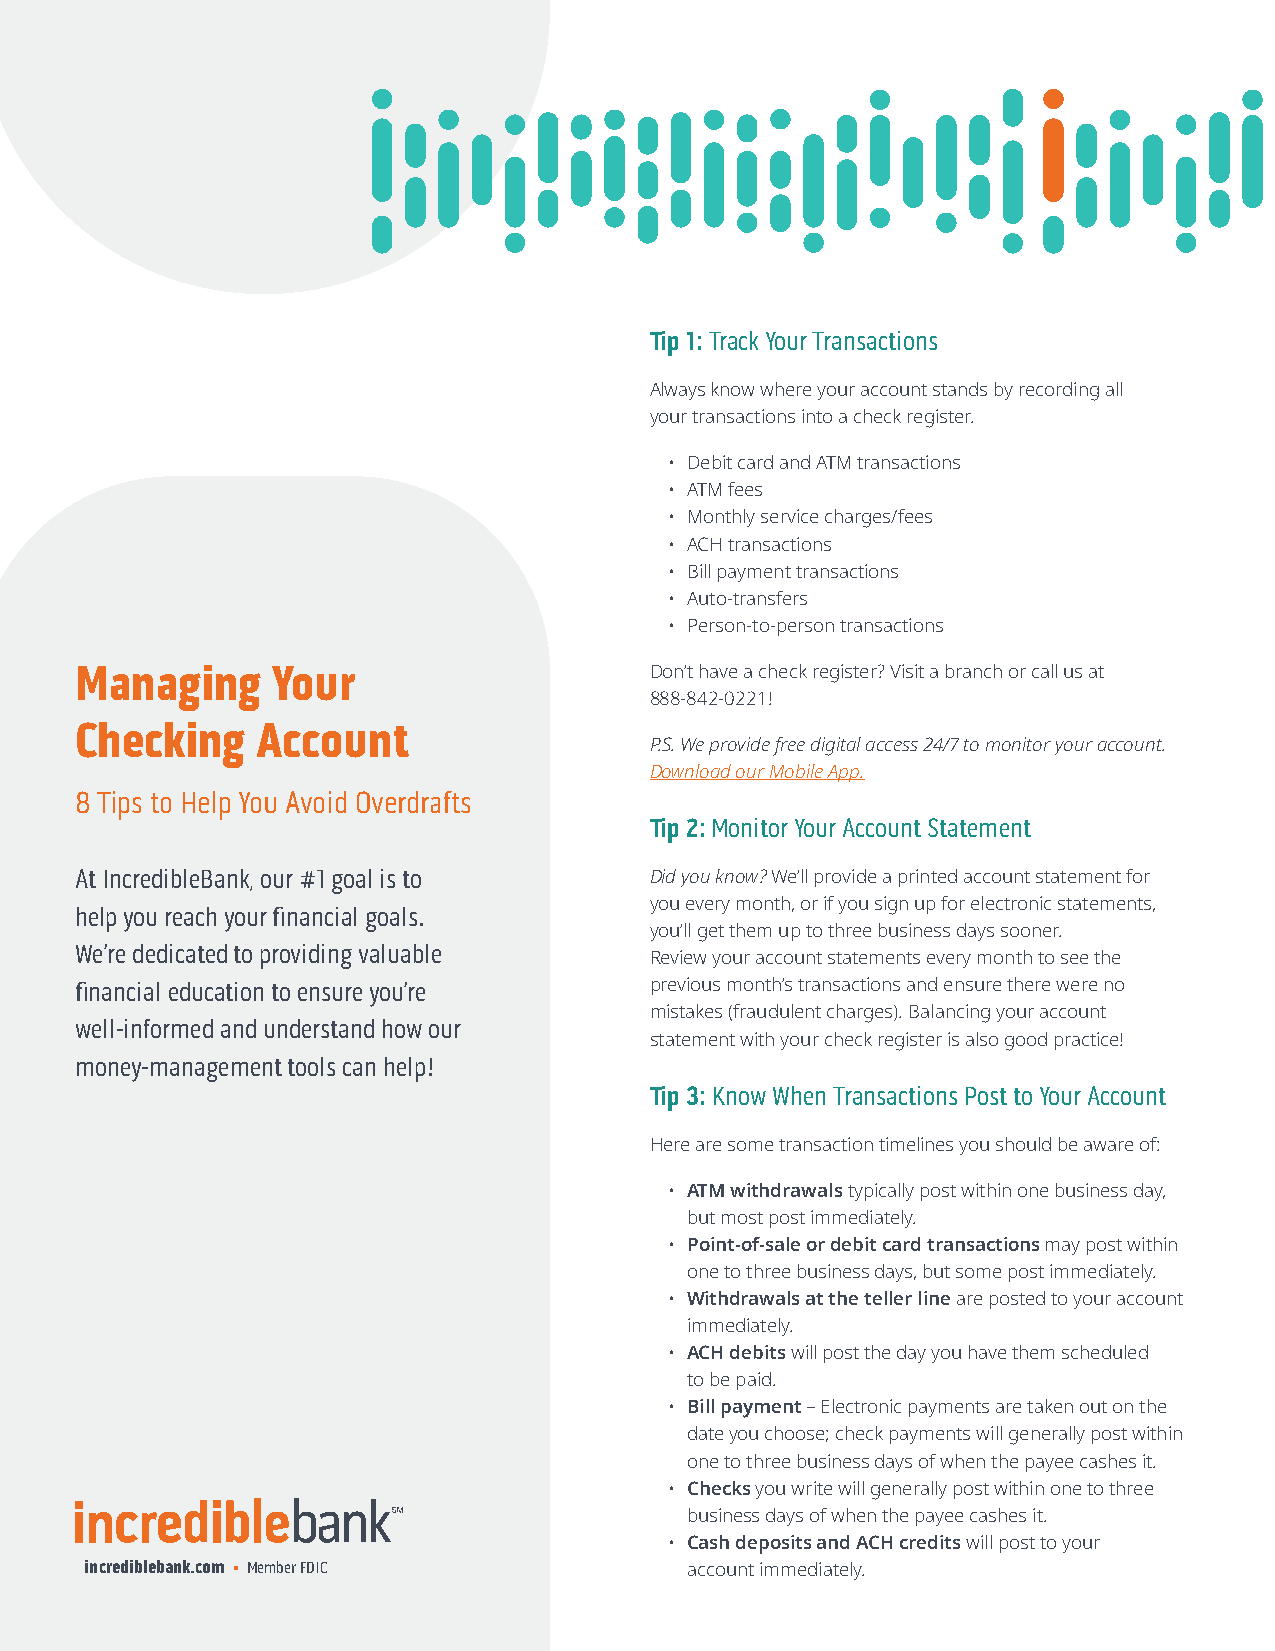
Tip 1: Track Your Transactions
 Always know where your account stands by recording all
 your transactions into a check register.
 • Debit card and ATM transactions
 • ATM fees
 • Monthly service charges/fees
 • ACH transactions
 • Bill payment transactions
 • Auto-transfers
 • Person-to-person transactions
 Managing     Your                     Don’t have a check register? Visit a branch or call us at
 888-842-0221!
 Checking    Account
 P.S. We provide free digital access 24/7 to monitor your account.
 Download our Mobile App.
 8 Tips to Help You Avoid Overdrafts
 Tip 2: Monitor Your Account Statement
 At IncredibleBank, our #1 goal is to  Did you know? We’ll provide a printed account statement for
 you every month, or if you sign up for electronic statements,
 help you reach your financial goals.
 you’ll get them up to three business days sooner.
 We’re dedicated to providing valuable
 Review your account statements every month to see the
 financial education to ensure you’re  previous month’s transactions and ensure there were no
 mistakes (fraudulent charges). Balancing your account
 well-informed and understand how our
 statement with your check register is also good practice!
 money-management tools can help!
 Tip 3: Know When Transactions Post to Your Account
 Here are some transaction timelines you should be aware of:
 • ATM withdrawals typically post within one business day,
 but most post immediately.
 • Point-of-sale or debit card transactions may post within
 one to three business days, but some post immediately.
 • Withdrawals at the teller line are posted to your account
 immediately.
 • ACH debits will post the day you have them scheduled
 to be paid.
 • Bill payment – Electronic payments are taken out on the
 date you choose; check payments will generally post within
 one to three business days of when the payee cashes it.
 • Checks you write will generally post within one to three
 business days of when the payee cashes it.
 • Cash deposits and ACH credits will post to your
 incrediblebank.com • Member FDIC       account immediately.